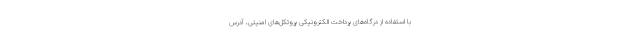
با استفاده از درگاه‌های پرداخت الکترونیکی پروتکل‌های امنیتی، آدرس